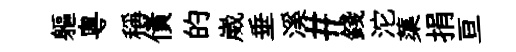
軀粤稱債的崴垂溪#錢沱蕖捐亘